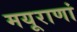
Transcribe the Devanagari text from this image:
मयूराणां